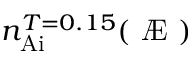
n _ { \mathrm { A i } } ^ { T = 0 . 1 5 } ( \mathrm { ~ \AE ~ } )